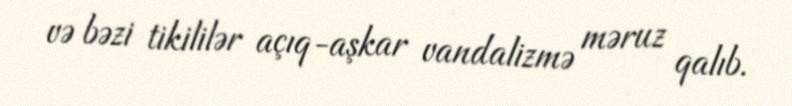
və bəzi tikililər açıq-aşkar vandalizmə məruz qalıb.